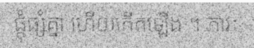
ផ្តុំផ្សំគ្នា ហើយកើតឡើង ។ ភាវៈ